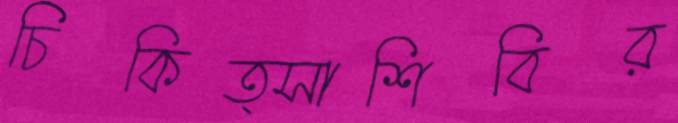
চিকিত্সাশিবির